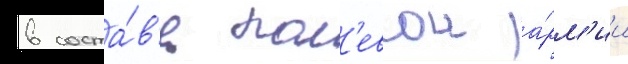
в соста́в'е пол'евои а́рм'ии